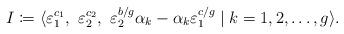
LaTeX: \begin{align*}I \coloneqq \langle \varepsilon_1^{c_1},\ \varepsilon_2^{c_2},\ \varepsilon_2^{b/g}\alpha_k - \alpha_k \varepsilon_1^{c/g}\mid k=1,2,\dots, g \rangle.\end{align*}